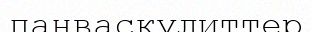
панваскулиттер